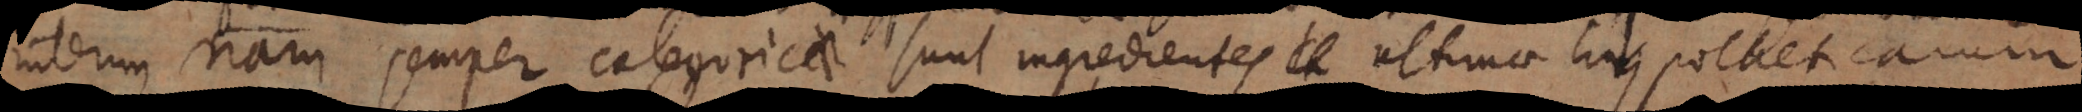
videndum nam semper categoricae sunt ingredientes ultimae hypotheticarum.